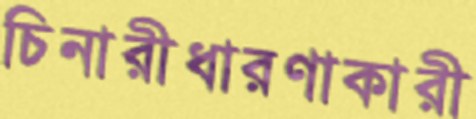
চিনারীধারণাকারী